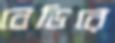
বেডিরে